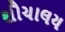
શૌચાલય